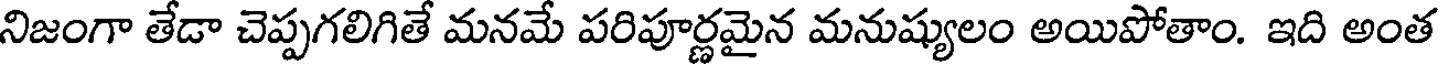
నిజంగా తేడా చెప్పగలిగితే మనమే పరిపూర్ణమైన మనుష్యులం అయిపోతాం. ఇది అంత